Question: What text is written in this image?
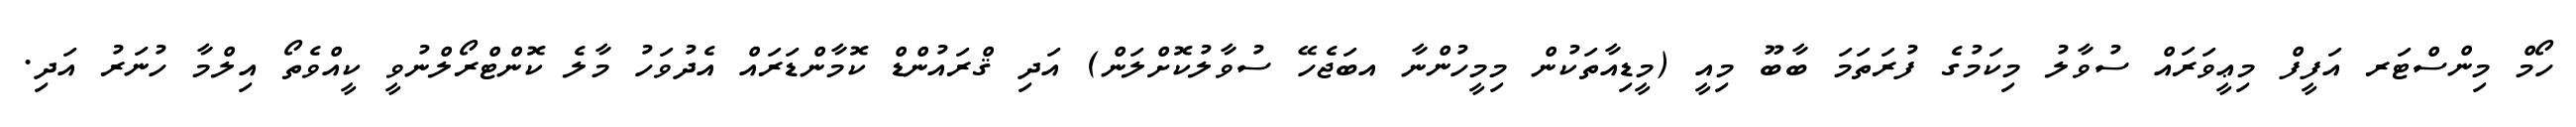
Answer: ހޯމް މިންސްޓަރ އަފީފް މިޢީވަރައް ސުވާލު މިކަމުގެ ފުރަތަމަ ބާބޫ މިއީ (މީޑިއާތަކުން މިމީހުންނާ އބަޖެހޭ ސުވާލުކޮށްލަން) އަދި ޤްރައުންޑް ކޮމާންޑަރައް އެދުވަހު މާލެ ކޮންޓްރޯލްނުވީ ކީއްވެތޯ އިލްމާ ހުނަރު އަދި.